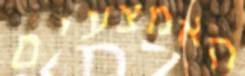
האמצעים